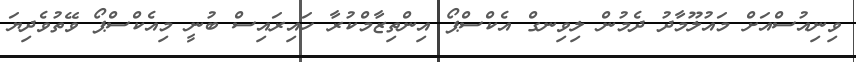
ވިނިއުސްއަށް މައުލޫމާދު ދެމުން ލިވިނގް އެކްސްޕޯ އިންތިޒާމްކުރާ ހައިރައިސް ބުނީ މިއެކްސްޕޯ ވޭތުވެދިޔަ